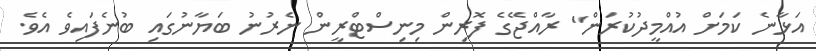
އަޅާނެ ކަމަށް އުއްމީދުކުރަން" ރާއްޖޭގެ ފޮރިން މިނިސްޓްރީން ނެރުނު ބަޔާނުގައި ބުނެފައިވެ އެވެ.